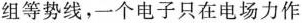
组等势线，一个电子只在电场力作